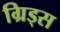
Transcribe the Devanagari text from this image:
ग्रिड्स